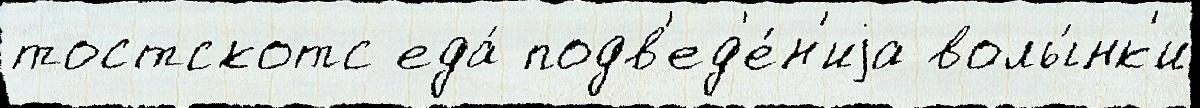
тостскотс еда́ подв'ед'е́н'иjа волы́нк'и